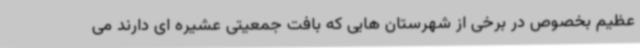
عظیم بخصوص در برخی از شهرستان هایی که بافت جمعیتی عشیره ای دارند می